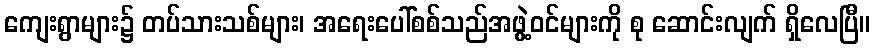
ကျေးရွာများ၌ တပ်သားသစ်များ၊ အရေးပေါ်စစ်သည်အဖွဲ့ဝင်များကို စု ဆောင်းလျက် ရှိလေပြီ။